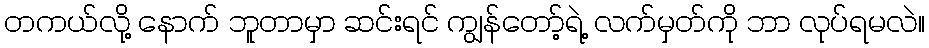
တကယ်လို့ နောက် ဘူတာမှာ ဆင်းရင် ကျွန်တော့်ရဲ့ လက်မှတ်ကို ဘာ လုပ်ရမလဲ။